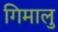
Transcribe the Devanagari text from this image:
गिमालु